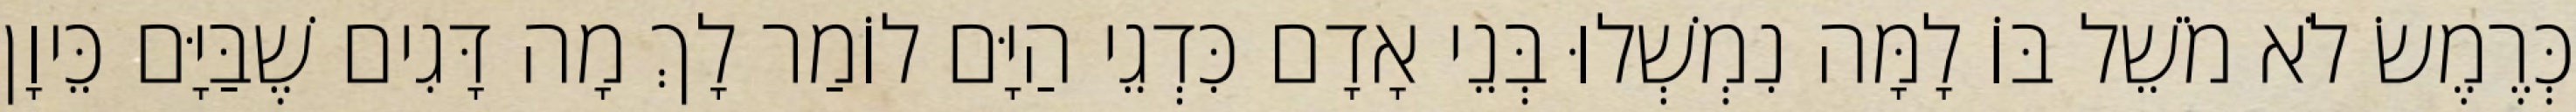
כְּרֶמֶשׂ לֹא מֹשֵׁל בּוֹ לָמָּה נִמְשְׁלוּ בְּנֵי אָדָם כִּדְגֵי הַיָּם לוֹמַר לָךְ מָה דָּגִים שֶׁבַּיָּם כֵּיוָן